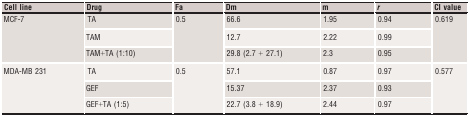
| Cell line | Drug | Fa | Dm | m | r | CI value |
 | --- | --- | --- | --- | --- | --- | --- |
 | <ROWSPAN=3> MCF‐7 | TA | <ROWSPAN=3> 0.5 | 66.6 | 1.95 | 0.94 | <ROWSPAN=3> 0.619 |
 | TAM | 12.7 | 2.22 | 0.99 |
 | TAM+TA (1:10) | 29.8 (2.7 + 27.1) | 2.3 | 0.95 |
 | <ROWSPAN=3> MDA‐MB 231 | TA | <ROWSPAN=3> 0.5 | 57.1 | 0.87 | 0.97 | <ROWSPAN=3> 0.577 |
 | GEF | 15.37 | 2.37 | 0.93 |
 | GEF+TA (1:5) | 22.7 (3.8 + 18.9) | 2.44 | 0.97 |